Lunatic asylums Bombay report 1878-1890 - 1878-1890
Year: 1878
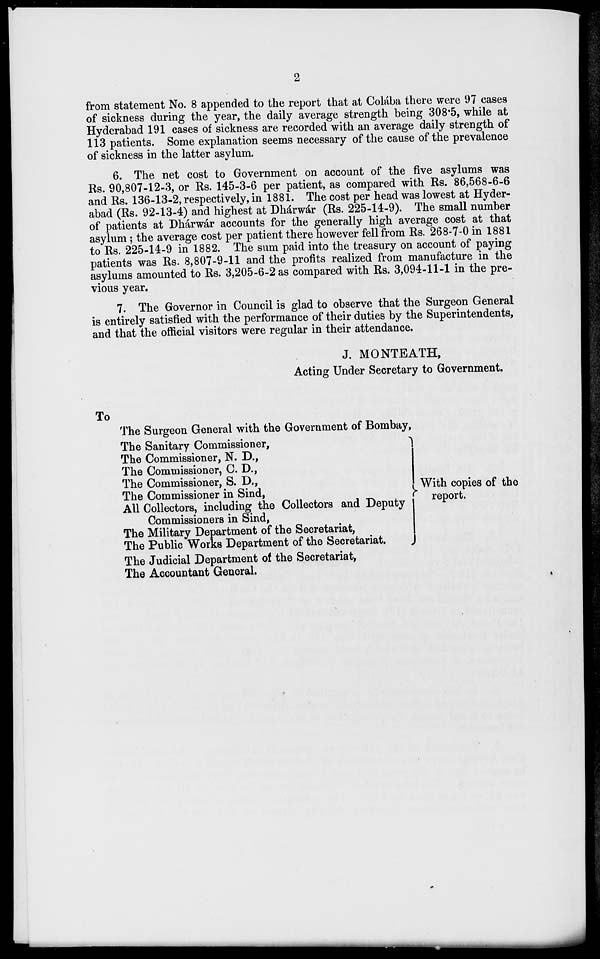
2
from statement No. 8 appended to the report that at Colába there were 97 cases
of sickness during the year, the daily average strength being 308.5, while at
Hyderabad 191 cases of sickness are recorded with an average daily strength of
113 patients. Some explanation seems necessary of the cause of the prevalence
of sickness in the latter asylum.
6. The net cost to Government on account of the five asylums was
Rs. 90,807-12-3, or Rs. 145-3-6 per patient, as compared with Rs. 86,568-6-6
and Rs. 136-13-2, respectively, in 1881. The cost per head was lowest at Hyder-
abad (Rs. 92-13-4) and highest at Dhárwár (Rs. 225-14-9). The small number
of patients at Dhárwár accounts for the generally high average cost at that
asylum; the average cost per patient there however fell from Rs. 268-7-0 in 1881
to Rs. 225-14-9 in 1882. The sum paid into the treasury on account of paying
patients was Rs. 8,807-9-11 and the profits realized from manufacture in the
asylums amounted to Rs. 3,205-6-2 as compared with Rs. 3,094-11-1 in the pre-
vious year.
7. The Governor in Council is glad to observe that the Surgeon General
is entirely satisfied with the performance of their duties by the Superintendents,
and that the official visitors were regular in their attendance.
J. MONTEATH,
Acting Under Secretary to Government.
To
The Surgeon General with the Government of Bombay,
The Sanitary Commissioner,
The Commissioner, N. D.,
The Commissioner, C. D.,
The Commissioner, S. D.,
The Commissioner in Sind,
All Collectors, including the Collectors and Deputy
Commissioners in Sind,
The Military Department of the Secretariat,
The Public Works Department of the Secretariat.
The Judicial Department of the Secretariat,
The Accountant General.
With copies of the
report.